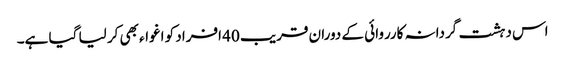
اس دہشت گردانہ کارروائی کے دوران قریب 40 افراد کو اغواء بھی کر لیا گیا ہے۔